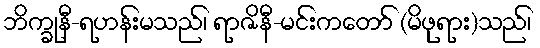
ဘိက္ခုနီ-ရဟန်းမသည်၊ ရာဇိနီ-မင်းကတော် (မိဖုရား)သည်၊